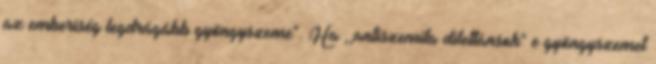
az emberiség legdrágább gyöngyszeme". Ha ,,antiszemita dilettánsok" e gyöngyszemet